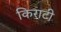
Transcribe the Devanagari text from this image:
किराटी